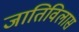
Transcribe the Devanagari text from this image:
जातिविलास